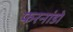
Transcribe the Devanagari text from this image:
फरनांडो